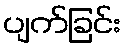
ပျက်ခြင်း